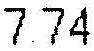
7.74